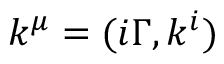
k ^ { \mu } = ( i \Gamma , k ^ { i } )